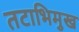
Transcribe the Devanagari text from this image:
तटाभिमुख